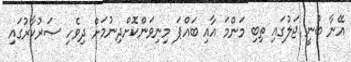
އޭނާ ބުނީ ޖަލުގައި ތިބި މަންމަ އާއި ބައްޕަ މިނިވަންކޮށްދިނުމަށް ދިވެހި ސަރުކާރުގައި